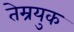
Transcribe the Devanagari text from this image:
तेम्रयुक